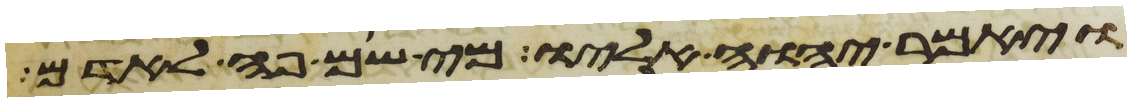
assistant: ויאמר יהוה אליו מי שם פה לאדם